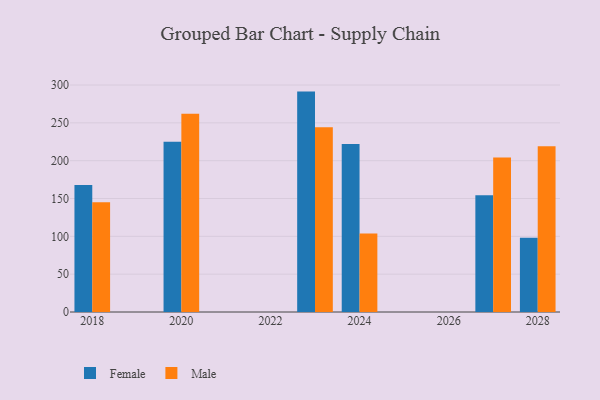
{"axis": {"x": "Year", "y": "Conversion Rate (%)"}, "legend": ["Female", "Male"], "data": [{"x": "2018", "y": 167.9, "type": "Female"}, {"x": "2018", "y": 145.2, "type": "Male"}, {"x": "2023", "y": 291.3, "type": "Female"}, {"x": "2023", "y": 244.2, "type": "Male"}, {"x": "2027", "y": 154.3, "type": "Female"}, {"x": "2027", "y": 204.1, "type": "Male"}, {"x": "2028", "y": 98.3, "type": "Female"}, {"x": "2028", "y": 219.1, "type": "Male"}, {"x": "2020", "y": 225.0, "type": "Female"}, {"x": "2020", "y": 262.0, "type": "Male"}, {"x": "2024", "y": 222.2, "type": "Female"}, {"x": "2024", "y": 103.6, "type": "Male"}]}